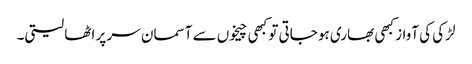
لڑکی کی آواز کبھی بھاری ہو جاتی تو کبھی چیخوں سے آسمان سر پر اٹھا لیتی۔